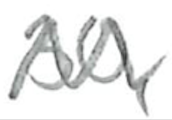
Text: 30,
Cross-out: mix
Writing tool: pencil